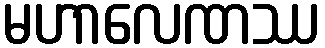
မဟာလေဏဿ